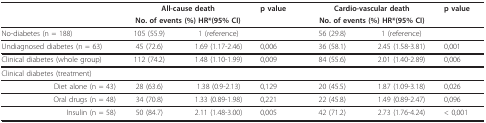
<table><thead><tr><td></td><td colspan="2"><b>All-cause death</b></td><td><b>p value</b></td><td colspan="2"><b>Cardio-vascular death</b></td><td><b>p value</b></td></tr><tr><td></td><td colspan="2"><b>No. of events (%) HR*(95% CI)</b></td><td></td><td colspan="2"><b>No. of events (%) HR*(95% CI)</b></td><td></td></tr></thead><tbody><tr><td>No-diabetes (n = 188)</td><td>105 (55.9)</td><td>1 (reference)</td><td></td><td>56 (29.8)</td><td>1 (reference)</td><td></td></tr><tr><td>Undiagnosed diabetes (n = 63)</td><td>45 (72.6)</td><td>1.69 (1.17-2.46)</td><td>0,006</td><td>36 (58.1)</td><td>2.45 (1.58-3.81)</td><td>0,001</td></tr><tr><td>Clinical diabetes (whole group)</td><td>112 (74.2)</td><td>1.48 (1.10-1.99)</td><td>0,009</td><td>84 (55.6)</td><td>2.01 (1.40-2.89)</td><td>0,006</td></tr><tr><td>Clinical diabetes (treatment)</td><td></td><td></td><td></td><td></td><td></td><td></td></tr><tr><td>Diet alone (n = 43)</td><td>28 (63.6)</td><td>1.38 (0.9-2.13)</td><td>0,129</td><td>20 (45.5)</td><td>1.87 (1.09-3.18)</td><td>0,026</td></tr><tr><td>Oral drugs (n = 48)</td><td>34 (70.8)</td><td>1.33 (0.89-1.98)</td><td>0,221</td><td>22 (45.8)</td><td>1.49 (0.89-2.47)</td><td>0,096</td></tr><tr><td>Insulin (n = 58)</td><td>50 (84.7)</td><td>2.11 (1.48-3.00)</td><td>0,005</td><td>42 (71.2)</td><td>2.73 (1.76-4.24)</td><td>&lt; 0,001</td></tr></tbody></table>